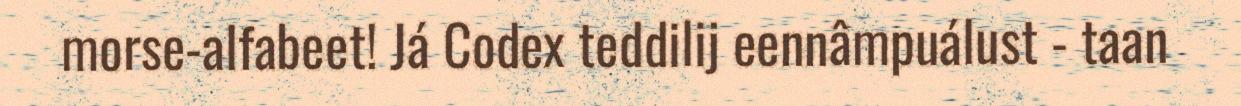
morse-alfabeet! Já Codex teddilij eennâmpuálust - taan